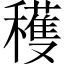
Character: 穫